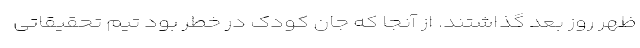
ظهر روز بعد گذاشتند. از آنجا که جان کودک در خطر بود تیم تحقیقاتی